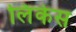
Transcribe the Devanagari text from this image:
लिंकेस